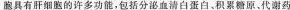
胞具有肝细胞的迁多功能，包括分泌血清白蛋白。积累糖原、代谢药